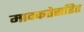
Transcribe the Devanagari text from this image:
मादकतेसहित